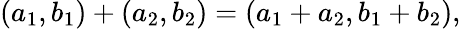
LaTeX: (a_{1},b_{1})+(a_{2},b_{2})=(a_{1}+a_{2},b_{1}+b_{2}),